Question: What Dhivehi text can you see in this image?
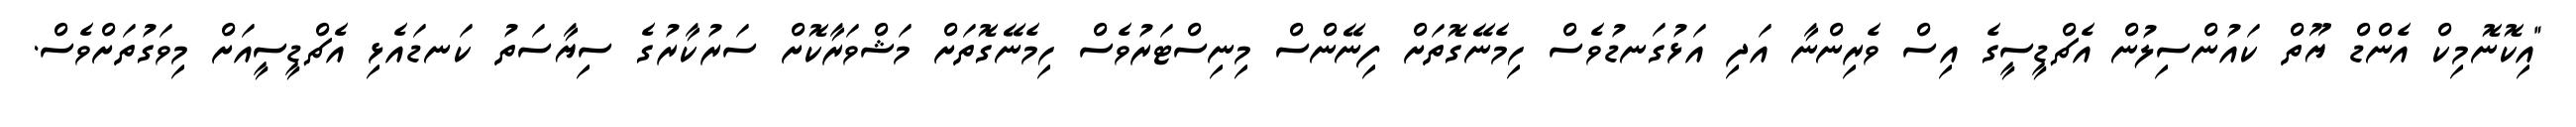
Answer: "އިކޮނޮމިކް އެންޑް ޔޫތް ކައުންސިލުން އެޗްޑީސީގެ އިސް ވެރިންނާ އަދި އަޅުގަނޑުވެސް ހިމެނޭގޮތަށް ފިނޭންސް މިނިސްޓަރުވެސް ހިމެނޭގޮތަށް މަޝްވަރާކޮށް ސަރުކާރުގެ ސިޔާސަތު ކަނޑައެޅި އެޗްޑީސީއަށް މިވަގުތަށްވެސް.